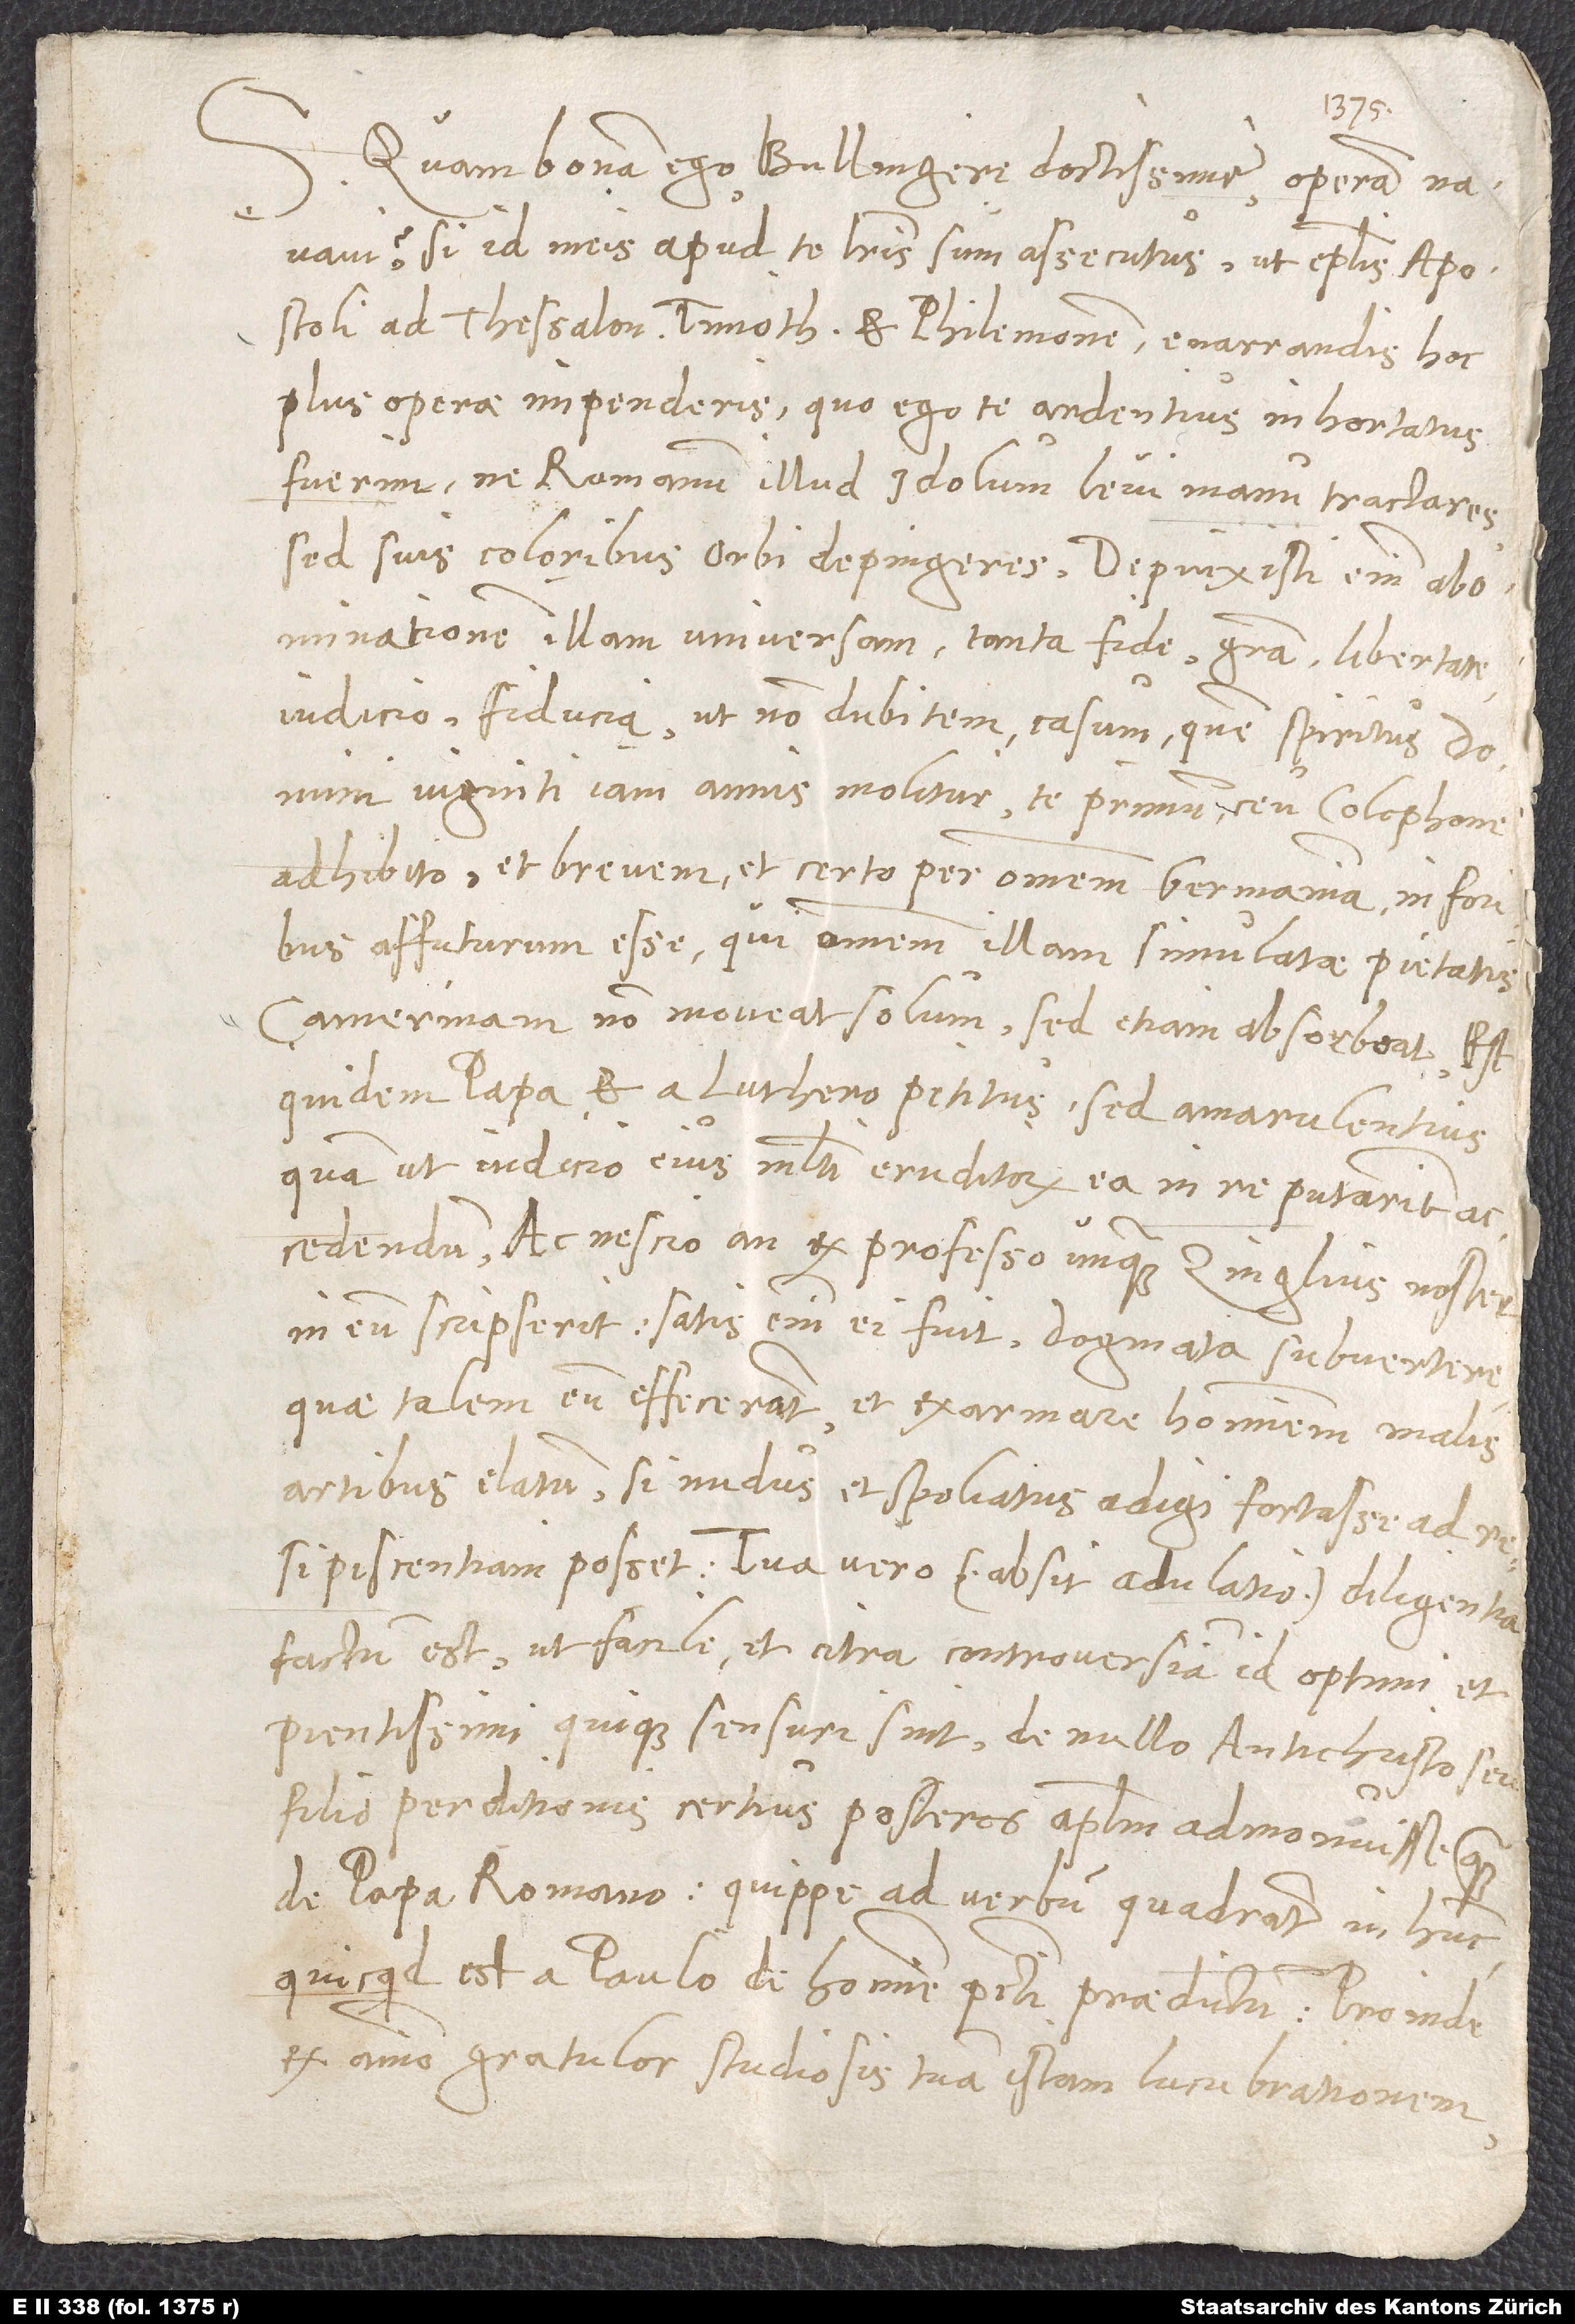
Quam bonam ego, Bullingere doctissime, operam navavi,
si id meis apud te literis sum assecutus, ut epistolis apostoli
ad Thessalonicenses, Thimotheum et Philemonem enarrandis hoc
plus operae impenderis, quo ego te ardentius inhortatus
fuerim, ne Romanum illud idolum levi manu tractares,
sed suis coloribus orbi depingeres. Depinxisti enim
abominationem illam universam tanta fide, gratia, libertate,
iudicio, fiducia, ut non dubitem casum, quem spiritus domini
viginti iam annis molitur, te primum ceu Colophone
adhibito et brevem et certo per omnem Germaniam in foribus
affuturum esse, qui omnem illam simulatae pietatis
camerinam non moveat solum, sed etiam absorbeat. Est
quidem papa et a Luthero petitus, sed amarulentius,
quam ut iudicio eius multi eruditorum ea in re putarint
accedendum, ac nescio, an ex professo unquam Zinglius noster
in eum scripserit; satis enim ei fuit dogmata subvertere,
quae talem eum effecerant, et exarmare hominem malis
artibus elatum, si nudus et spoliatus adigi fortasse ad
resipiscentiam posset. Tua vero (absit adulatio) diligentia
factum est, ut facile et citra controversiam id optimi et
pientissimi quique sensuri sint, de nullo antichristo seu
filio perditionis certius posteros apostolum admonuisse quam
de papa Romano; quippe ad verbum quadrant in hunc,
quicquid est a Paulo de homine peccati praedictum. Proinde
ex animo gratulor studiosis tuam istam lucubrationem,